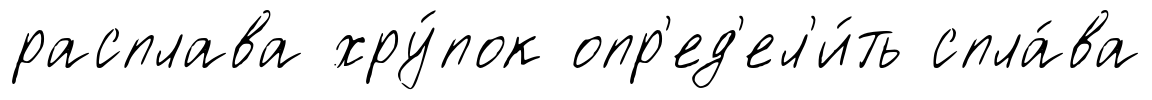
расплава хру́пок опр'ед'ел'и́ть спла́ва